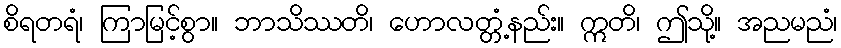
စိရတရံ၊ ကြာမြင့်စွာ။ ဘာသိဿတိ၊ ဟောလတ္တံ့နည်း။ ဣတိ၊ ဤသို့။ အညမညံ၊